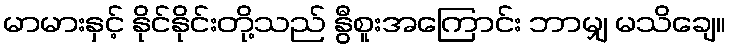
မာမားနှင့် နိုင်နိုင်းတို့သည် နွီစူးအကြောင်း ဘာမျှ မသိချေ။